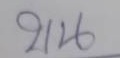
บน